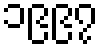
၁၉၉၇